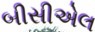
બીસીએલ